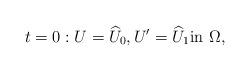
LaTeX: \begin{align*}t=0:U=\widehat U_0, U'=\widehat U_1 \hbox{in } \Omega,\end{align*}